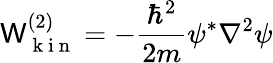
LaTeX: \mathsf{W}_{\mathrm{{~k~i~n~}}}^{(2)}=-\frac{{\hbar^{2}}}{{2m}}\psi^{*}\nabla^{2}\psi